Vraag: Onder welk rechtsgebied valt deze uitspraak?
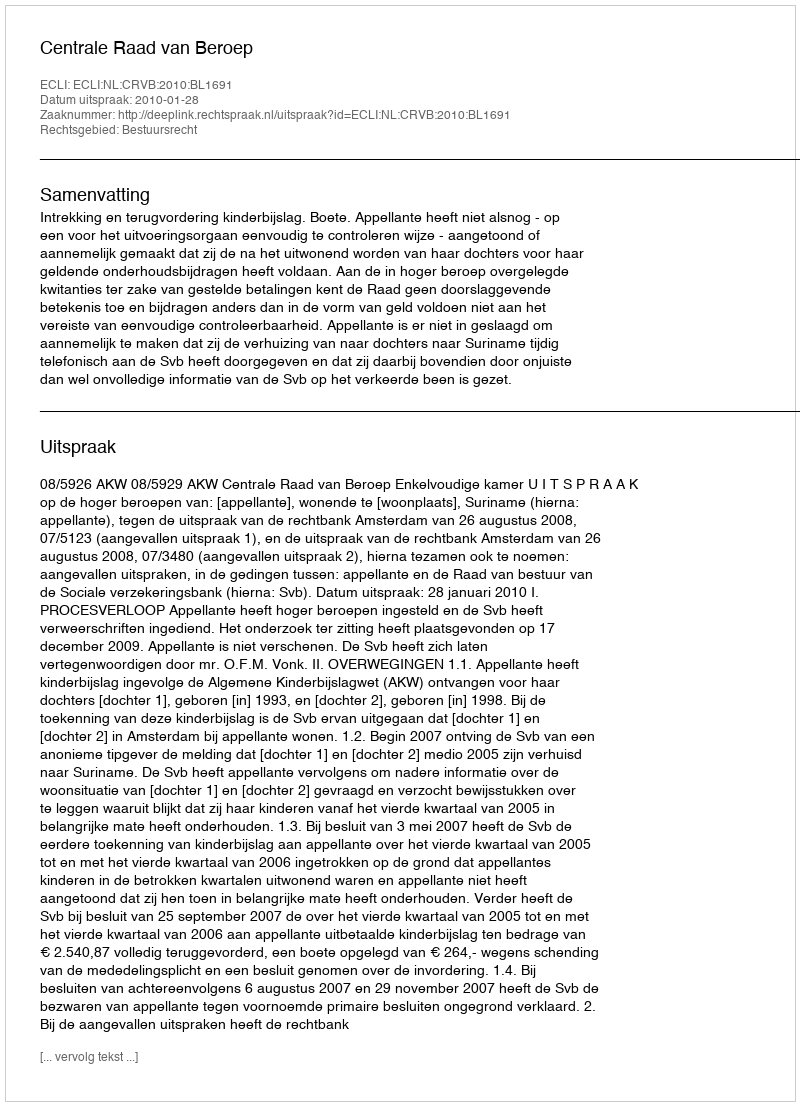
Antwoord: Bestuursrecht